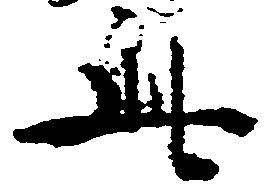
此